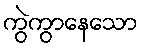
ကွဲကွာနေသော